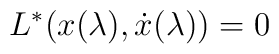
L^*(x(\lambda),{\dot x}(\lambda))=0